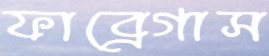
ফাব্রেগাস